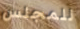
للمجلس